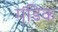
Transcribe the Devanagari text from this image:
गंडिक